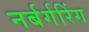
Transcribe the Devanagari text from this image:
नर्बर्गरिंग